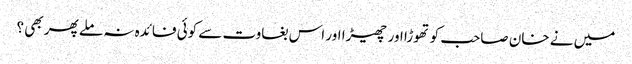
میں نے خان صاحب کو تھوڑا اور چھیڑا اور اس بغاوت سے کوئی فائدہ نہ ملے پھر بھی ؟